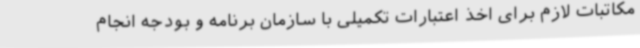
مکاتبات لازم برای اخذ اعتبارات تکمیلی با سازمان برنامه و بودجه انجام